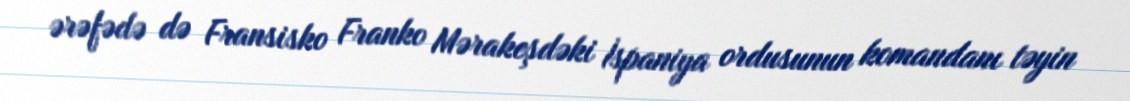
ərəfədə də Fransisko Franko Mərakeşdəki İspaniya ordusunun komandanı təyin